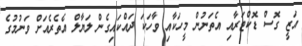
އަޒީ ގޮސް ޑޮކްޓަރާއި އެތަނުން މީހަކާއި ވާހަކަ ދައްކައިގެން ލަޔާލް އެތެރެއަށް ވަނުމުގެ